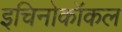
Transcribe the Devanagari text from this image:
इचिनोकॉकल